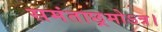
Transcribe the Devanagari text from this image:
समंताछ्रमोऽत्र।